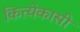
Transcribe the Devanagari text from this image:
कित्येकासी